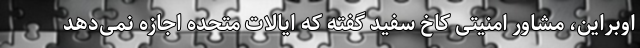
اوبراین، مشاور امنیتی کاخ سفید گفته که ایالات متحده اجازه نمی‌دهد